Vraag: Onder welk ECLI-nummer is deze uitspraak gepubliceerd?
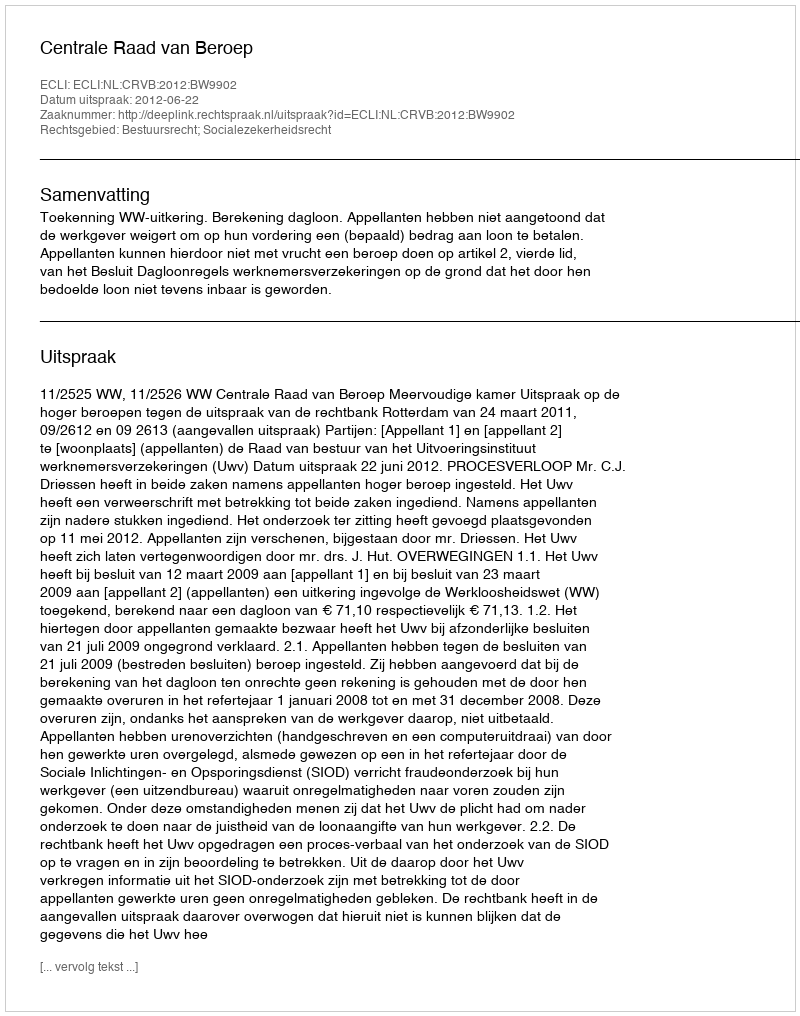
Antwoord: ECLI:NL:CRVB:2012:BW9902